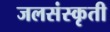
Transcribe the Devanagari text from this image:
जलसंस्कृती